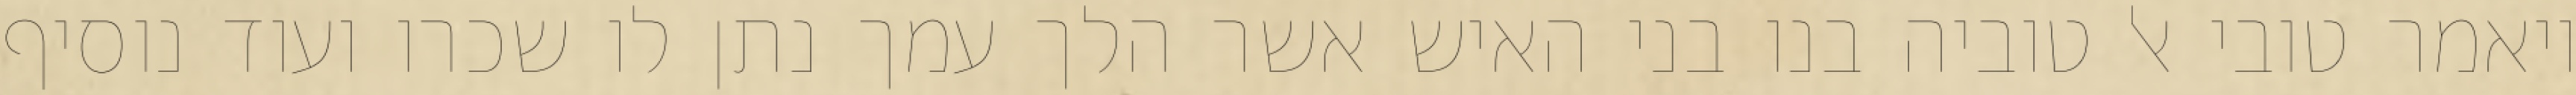
ויאמר טובי אל טוביה בנו בני האיש אשר הלך עמך נתן לו שכרו ועוד נוסיף